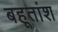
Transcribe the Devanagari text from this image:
बहूतांश